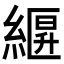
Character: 𦃷